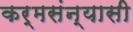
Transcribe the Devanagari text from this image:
कर्मसंन्यासी